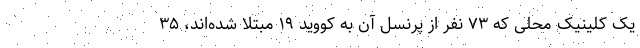
یک کلینیک محلی که ۷۳ نفر از پرنسل آن به کووید ۱۹ مبتلا شده‌اند، ۳۵